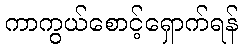
ကာကွယ်စောင့်ရှောက်ရန်